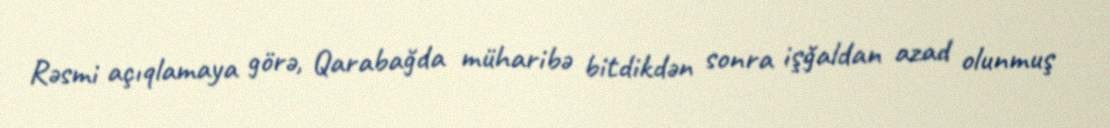
Rəsmi açıqlamaya görə, Qarabağda müharibə bitdikdən sonra işğaldan azad olunmuş